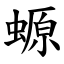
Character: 螈